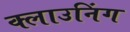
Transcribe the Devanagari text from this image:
क्लाउनिंग